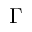
\Gamma